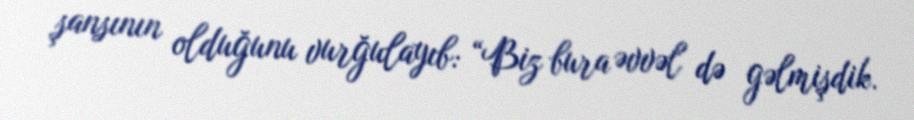
şansının olduğunu vurğulayıb: “Biz bura əvvəl də gəlmişdik.